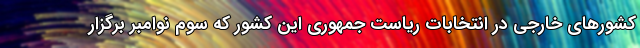
کشورهای خارجی در انتخابات ریاست جمهوری این کشور که سوم نوامبر برگزار